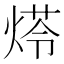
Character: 𤋶